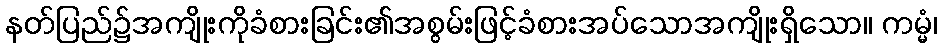
နတ်ပြည်၌အကျိုးကိုခံစားခြင်း၏အစွမ်းဖြင့်ခံစားအပ်သောအကျိုးရှိသော။ ကမ္မံ၊